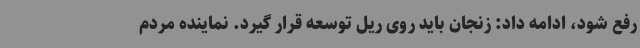
رفع شود، ادامه داد: زنجان باید روی ریل توسعه قرار گیرد. نماینده مردم